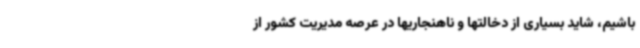
باشیم، شاید بسیاری از دخالتها و ناهنجاریها در عرصه مدیریت کشور از